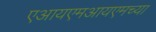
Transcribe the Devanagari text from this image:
एआयएमआयएमच्या